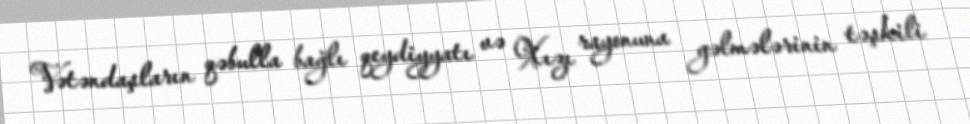
Vətəndaşların qəbulla bağlı qeydiyyatı və Xızı rayonuna gəlmələrinin təşkili